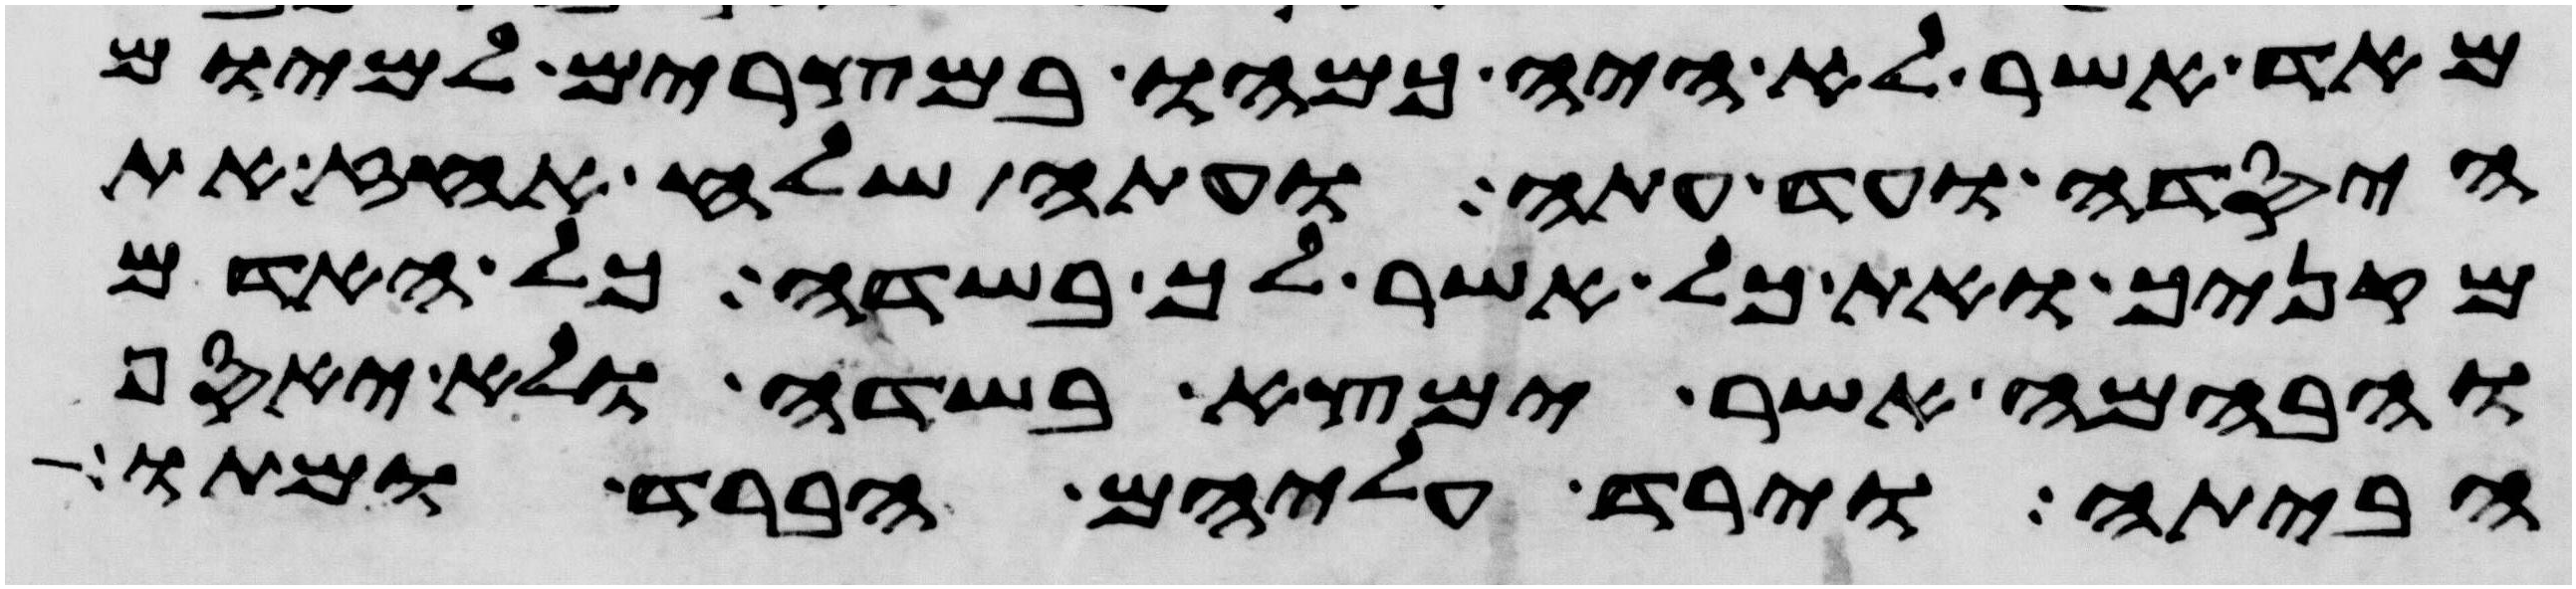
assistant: מאד אשר לא היה כמהו במצרים למיום
היסדה ועד עתה ועתה שלח העז את
מקניך ואת כל אשר לך בשדה כל האדם
והבהמה אשר ימצא בשדה ולא יאסף
הביתה וירד עליהם הברד ומתו